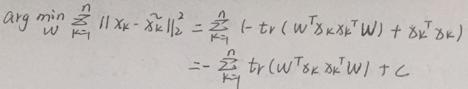
\[
\begin{align*}
\underset{W}{\arg\min}\sum_{k = 1}^{n}\left\lVert x_{k}-\widetilde{x}_{k}\right\rVert_{2}^{2}&=\sum_{k = 1}^{n}\left(-\text{tr}\left(W^{\top}x_{k}x_{k}^{\top}W\right)+\delta_{k}^{\top}\delta_{k}\right)\\
&=-\sum_{k = 1}^{n}\text{tr}\left(W^{\top}x_{k}x_{k}^{\top}W\right)+C
\end{align*}
\]